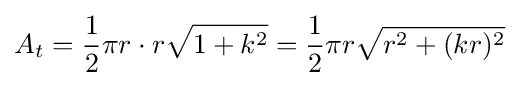
A_{t}={1 \over 2}\pi r\cdot r{\sqrt {1+k^{2}}}={1 \over 2}\pi r{\sqrt {r^{2}+(kr)^{2}}}